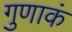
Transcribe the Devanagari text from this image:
गुणाकं